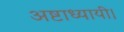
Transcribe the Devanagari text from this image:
अष्टाध्यायी।